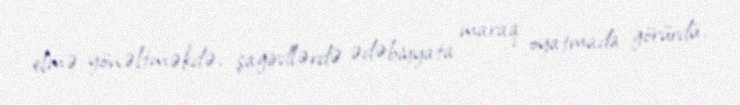
elmə yönəltməkdə, şagirdlərdə ədəbiyyata maraq oyatmada görürdü.